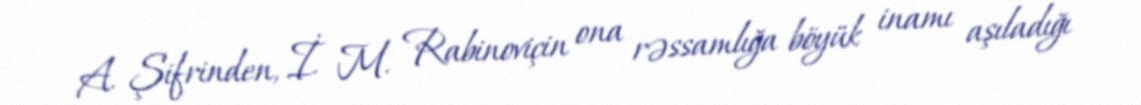
A. Şifrinden, İ. M. Rabinoviçin ona rəssamlığa böyük inamı aşıladığı